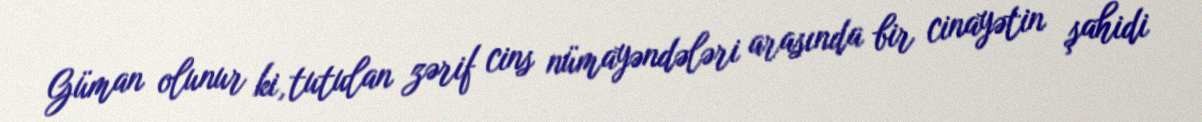
Güman olunur ki, tutulan zərif cins nümayəndələri arasında bir cinayətin şahidi